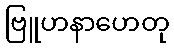
ဗြူဟနာဟေတု